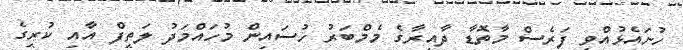
ހުށައެޅުއްވީ ފަރެސް މާތޮޑާ ދާއިރާގެ މެމްބަރު ހުސައިން މުހައްމަދު ލަތީފް އާއި ކުރީގެ